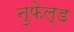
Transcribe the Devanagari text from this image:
नुफेल्ड